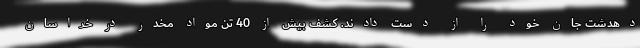
دهدشت جان خود را از دست دادند. کشف بیش از 40 تن مواد مخدر در خراسان